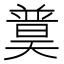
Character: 𡚈